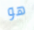
هو